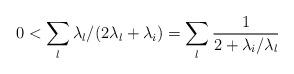
LaTeX: \begin{align*}0<\sum_l \lambda_l/(2\lambda_l+\lambda_i)= \sum_l \frac{1}{2+\lambda_i/\lambda_l}\end{align*}